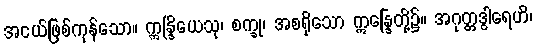
အငယ်ဖြစ်ကုန်သော။ ဣန္ဒြိယေသု၊ စက္ခု၊ အစရှိသော ဣန္ဒြေတို့၌။ အဂုတ္တဒွါရေဟိ၊